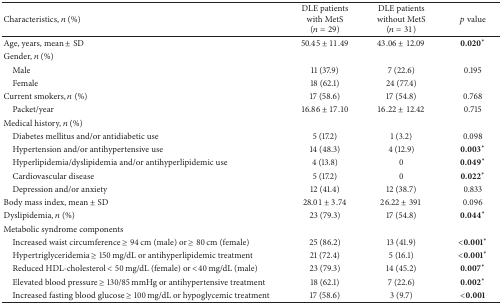
<table><thead><tr><td><b>Characteristics, <i>n</i> (%)</b></td><td><b>DLE patients with MetS(<i>n</i> = 29)</b></td><td><b>DLE patients without MetS (<i>n</i> = 31)</b></td><td><b><i>p</i> value</b></td></tr></thead><tbody><tr><td>Age, years, mean ± SD</td><td>50.45 ± 11.49</td><td>43.06 ± 12.09</td><td>0.020<sup><i>∗</i></sup></td></tr><tr><td>Gender, <i>n</i> (%)</td><td> </td><td> </td><td> </td></tr><tr><td> Male</td><td>11 (37.9)</td><td>7 (22.6)</td><td>0.195</td></tr><tr><td> Female</td><td>18 (62.1)</td><td>24 (77.4)</td><td> </td></tr><tr><td>Current smokers, <i>n</i> (%)</td><td>17 (58.6)</td><td>17 (54.8)</td><td>0.768</td></tr><tr><td> Packet/year</td><td>16.86 ± 17.10</td><td>16.22 ± 12.42</td><td>0.715</td></tr><tr><td>Medical history, <i>n</i> (%)</td><td> </td><td> </td><td> </td></tr><tr><td> Diabetes mellitus and/or antidiabetic use</td><td>5 (17.2)</td><td>1 (3.2)</td><td>0.098</td></tr><tr><td> Hypertension and/or antihypertensive use</td><td>14 (48.3)</td><td>4 (12.9)</td><td>0.003<sup><i>∗</i></sup></td></tr><tr><td> Hyperlipidemia/dyslipidemia and/or antihyperlipidemic use</td><td>4 (13.8)</td><td>0</td><td>0.049<sup><i>∗</i></sup></td></tr><tr><td> Cardiovascular disease</td><td>5 (17.2)</td><td>0</td><td>0.022<sup><i>∗</i></sup></td></tr><tr><td> Depression and/or anxiety</td><td>12 (41.4)</td><td>12 (38.7)</td><td>0.833</td></tr><tr><td>Body mass index, mean ± SD</td><td>28.01 ± 3.74</td><td>26.22 ± 391</td><td>0.096</td></tr><tr><td>Dyslipidemia, <i>n</i> (%)</td><td>23 (79.3)</td><td>17 (54.8)</td><td>0.044<sup><i>∗</i></sup></td></tr><tr><td>Metabolic syndrome components</td><td> </td><td> </td><td> </td></tr><tr><td> Increased waist circumference ≥ 94 cm (male) or ≥ 80 cm (female)</td><td>25 (86.2)</td><td>13 (41.9)</td><td>&lt;0.001<sup><i>∗</i></sup></td></tr><tr><td> Hypertriglyceridemia ≥ 150 mg/dL or antihyperlipidemic treatment</td><td>21 (72.4)</td><td>5 (16.1)</td><td>&lt;0.001<sup><i>∗</i></sup></td></tr><tr><td> Reduced HDL-cholesterol &lt; 50 mg/dL (female) or &lt;40 mg/dL (male)</td><td>23 (79.3)</td><td>14 (45.2)</td><td>0.007<sup><i>∗</i></sup></td></tr><tr><td> Elevated blood pressure ≥ 130/85 mmHg or antihypertensive treatment</td><td>18 (62.1)</td><td>7 (22.6)</td><td>0.002<sup><i>∗</i></sup></td></tr><tr><td> Increased fasting blood glucose ≥ 100 mg/dL or hypoglycemic treatment</td><td>17 (58.6)</td><td>3 (9.7)</td><td><b>&lt;0.001</b></td></tr></tbody></table>